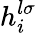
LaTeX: h_{i}^{l\sigma}